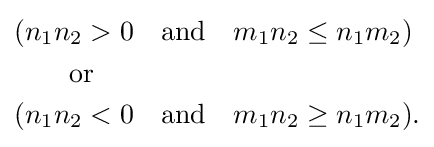
{\begin{aligned}&(n_{1}n_{2}>0\quad {\text{and}}\quad m_{1}n_{2}\leq n_{1}m_{2})\\&\qquad {\text{or}}\\&(n_{1}n_{2}<0\quad {\text{and}}\quad m_{1}n_{2}\geq n_{1}m_{2}).\end{aligned}}